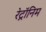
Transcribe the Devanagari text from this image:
रेट्रॉनिम